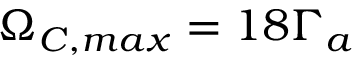
\Omega _ { C , m a x } = 1 8 \Gamma _ { a }